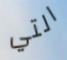
التي